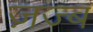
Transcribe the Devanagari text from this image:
ज़ज्ब